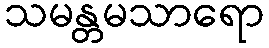
သမန္တမသာရော